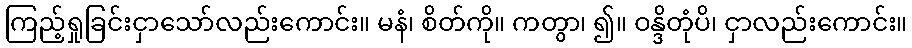
ကြည့်ရှုခြင်းငှာသော်လည်းကောင်း။ မနံ၊ စိတ်ကို။ ကတွာ၊ ၍။ ဝန္ဒိတုံပိ၊ ငှာလည်းကောင်း။